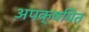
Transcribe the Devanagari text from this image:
अपक्षयित